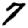
Digit: 7